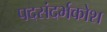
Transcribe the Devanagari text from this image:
पदसंदर्भकोश